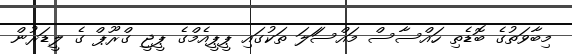
މިބާވަތުގެ ބޮޑެތި ހައްސާސް މައްސަަލަ ތަކުގައި ޕީޕީއެމްގެ ޕީޖީ ގްރޫޕް ގެ ލީޑަރުން